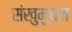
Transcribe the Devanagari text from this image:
संखुमुघम